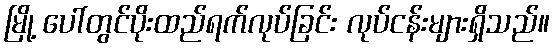
မြို့ ပေါ်တွင်ပိုးထည်ရက်လုပ်ခြင်း လုပ်ငန်းများရှိသည်။